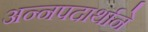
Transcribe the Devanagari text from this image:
अन्नपदार्थाने